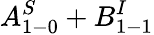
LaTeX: A_{1-0}^{S}+B_{1-1}^{I}